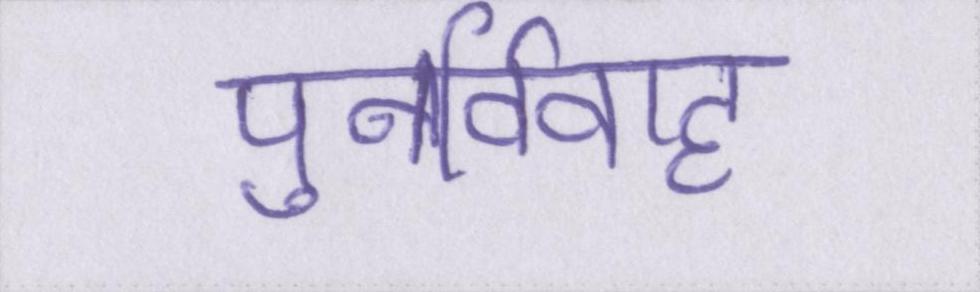
पुनर्विवाह